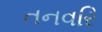
તનવરિ